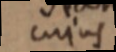
cujus